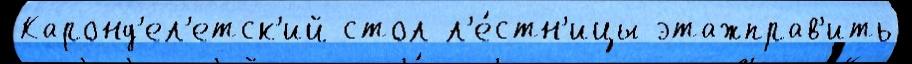
Каронд'ел'етск'ий стол л'е́стн'ицы этажправ'ить